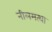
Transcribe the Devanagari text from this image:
नीलमत्था